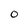
Character: O